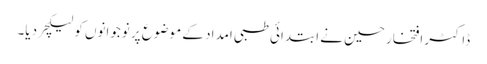
ڈاکٹر افتخار حسین نے ابتدائی طبی امداد کے موضوع پر نوجوانوں کو لیکچر دیا۔